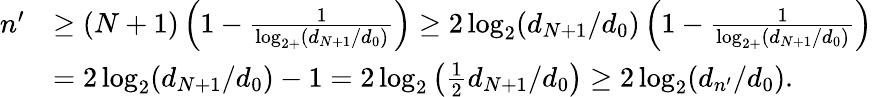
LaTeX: \begin{array}{rl}{n^{\prime}}&{\ge(N+1)\left(1-\frac{1}{\log_{2+}(d_{N+1}/d_{0})}\right)\ge 2\log_{2}(d_{N+1}/d_{0})\left(1-\frac{1}{\log_{2+}(d_{N+1}/d_{0})}\right)}\\ &{=2\log_{2}(d_{N+1}/d_{0})-1=2\log_{2}\left(\frac{1}{2}d_{N+1}/d_{0}\right)\ge 2\log_{2}(d_{n^{\prime}}/d_{0}).}\end{array}